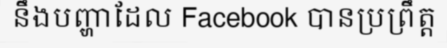
នឹងបញ្ហាដែល Facebook បានប្រព្រឹត្ត